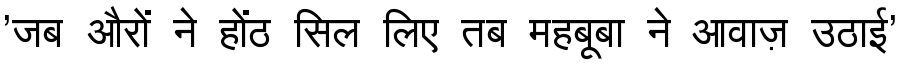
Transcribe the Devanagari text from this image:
'जब औरों ने होंठ सिल लिए तब महबूबा ने आवाज़ उठाई'